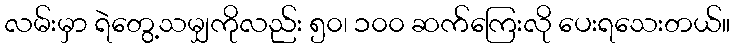
လမ်းမှာ ရဲတွေ့သမျှကိုလည်း ၅၀၊ ၁၀၀ ဆက်ကြေးလို ပေးရသေးတယ်။